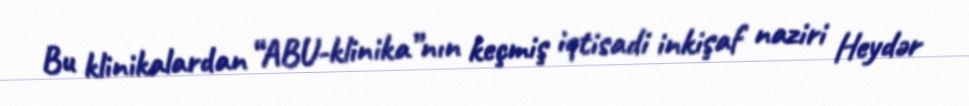
Bu klinikalardan “ABU-klinika”nın keçmiş iqtisadi inkişaf naziri Heydər